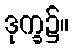
ဒုက္ခ၌။